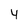
Character: 4